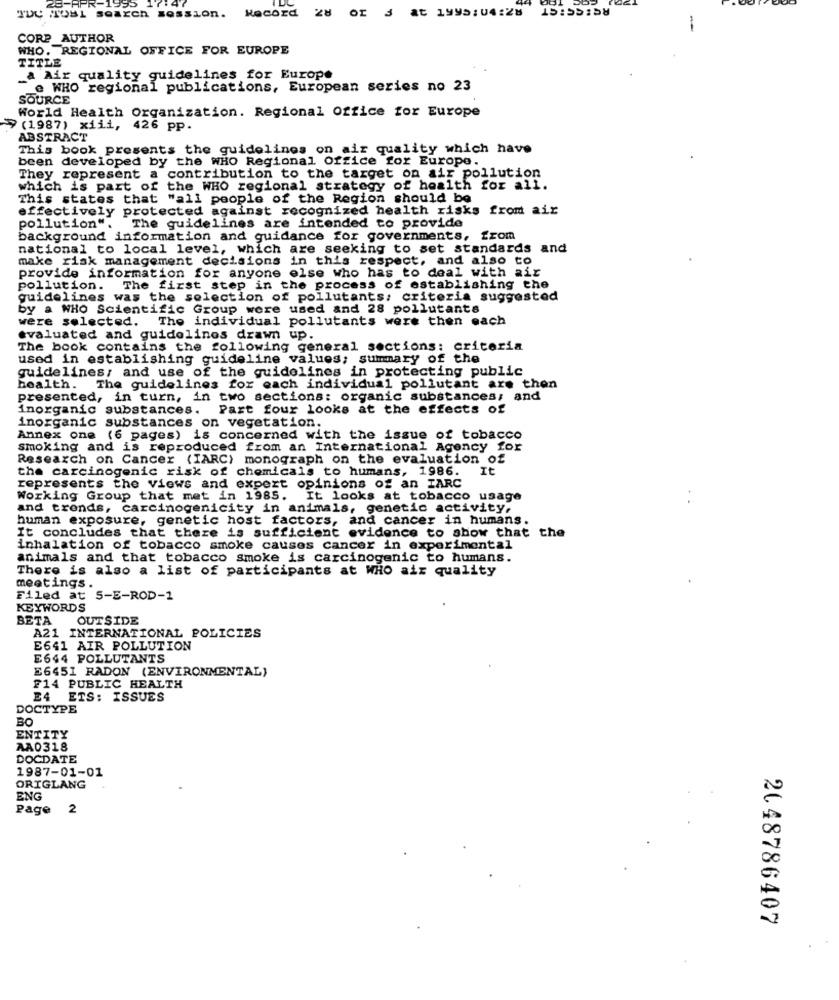
28 02 3 & 1995:04:28 15:55158
TUC TOBL search session.
Record
-
CORP_AUTHOR
WHO. REGIONAL OFFICE FOR EUROPE
TITLE
_a Air quality guidelines for Europe
e WHO regional publications, European series no 23
SOURCE
World Health Organization. Regional Office for Europe
7 (1987) xiii, 426 pp.
ABSTRACT
This book presents the guidelines on air quality which have
been developed by the WHO Regional Office for Europe.
They represent a contribution to the target on air pollution
which is part of the WHO regional strategy of health for all.
This states that "all people of the Region should be
effectively protected against recognized health risks from air
pollution". The guidelines are intended to provide
background information and guidance for governments, from
national to local level, which are seeking to set standards and
make risk management decisions in this respect, and also to
provide information for anyone else who has to deal with air
pollution. The first step in the process of establishing the
guidelines was the selection of pollutants: criteria suggested
by a WHO Scientific Group were used and 28 pollutants
were selected. The individual pollutants were then each
evaluated and guidelines drawn up.
The book contains the following general sections: criteria
used in establishing guideline values; summary of the
guidelines; and use of the guidelines in protecting public
health.
The guidelines for each individual pollutant are then
presented, in turn, in two sections: organic substances, and
inorganic substances. Part four looks at the effects of
inorganic substances on vegetation.
Annex one (6 pages) is concerned with the issue of tobacco
smoking and is reproduced from an International Agency for
Research on Cancer (IARC) monograph on the evaluation of
the carcinogenic risk of chemicals to humans, 1986.
It
represents the views and expert opinions of an IARC
Working Group that met in 1985. It looks at tobacco usage
and trends, carcinogenicity in animals, genetic activity,
human exposure, genetic host factors, and cancer in humans.
It concludes that there is sufficient evidence to show that the
inhalation of tobacco smoke causes cancer in experimental
animals and that tobacco smoke is carcinogenic to humans.
There is also a list of participants at WHO air quality
meetings.
Filed at 5-E-ROD-1
KEYWORDS
BETA
OUTSIDE
A21 INTERNATIONAL POLICIES
E641 AIR POLLUTION
E644 POLLUTANTS
E6451 RADON (ENVIRONMENTAL)
F14 PUBLIC HEALTH
E4 ETS: ISSUES
DOCTYPE
BO
ENTITY
AA0318
DOCDATE
1987-01-01
ORIGLANG
ENG
Page
2
2048786407